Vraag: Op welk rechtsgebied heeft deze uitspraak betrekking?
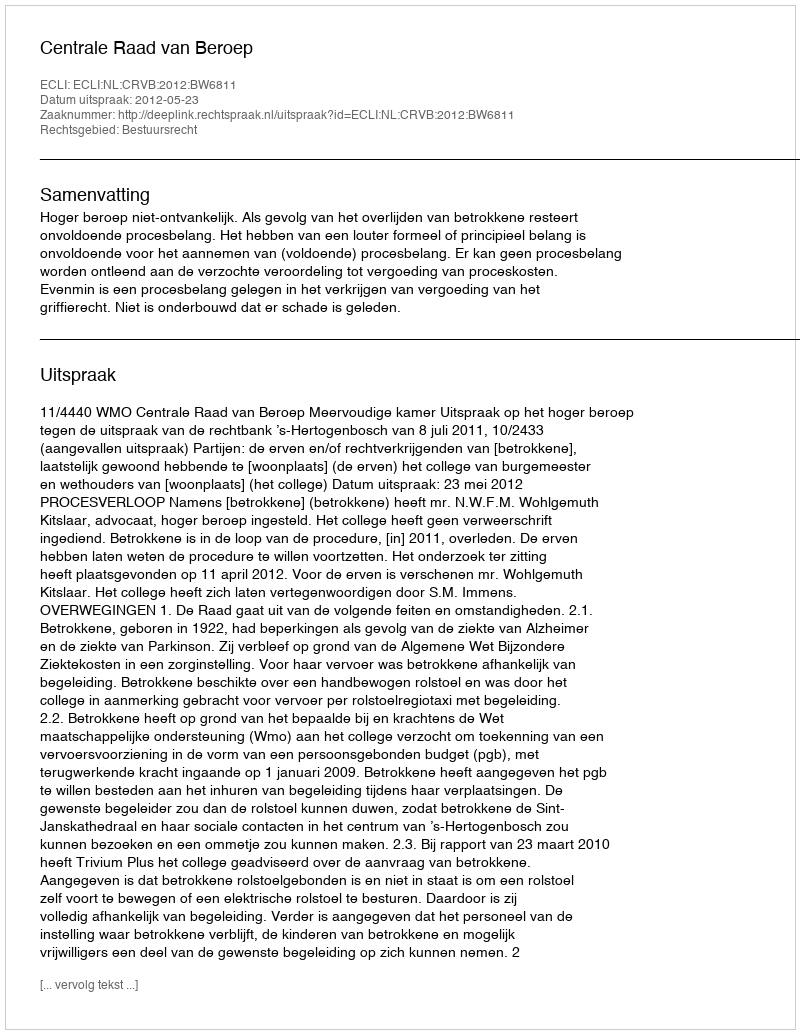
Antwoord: Bestuursrecht